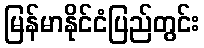
မြန်မာနိုင်ငံပြည်တွင်း